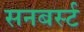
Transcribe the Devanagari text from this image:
सनबर्स्ट